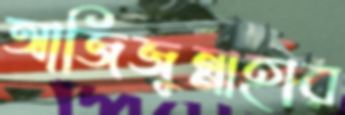
আজিজুন্নাহার